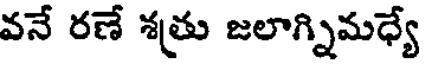
వనే రణే శత్రు జలాగ్నిమధ్యే